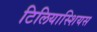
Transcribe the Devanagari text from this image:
टिलियास्शियस